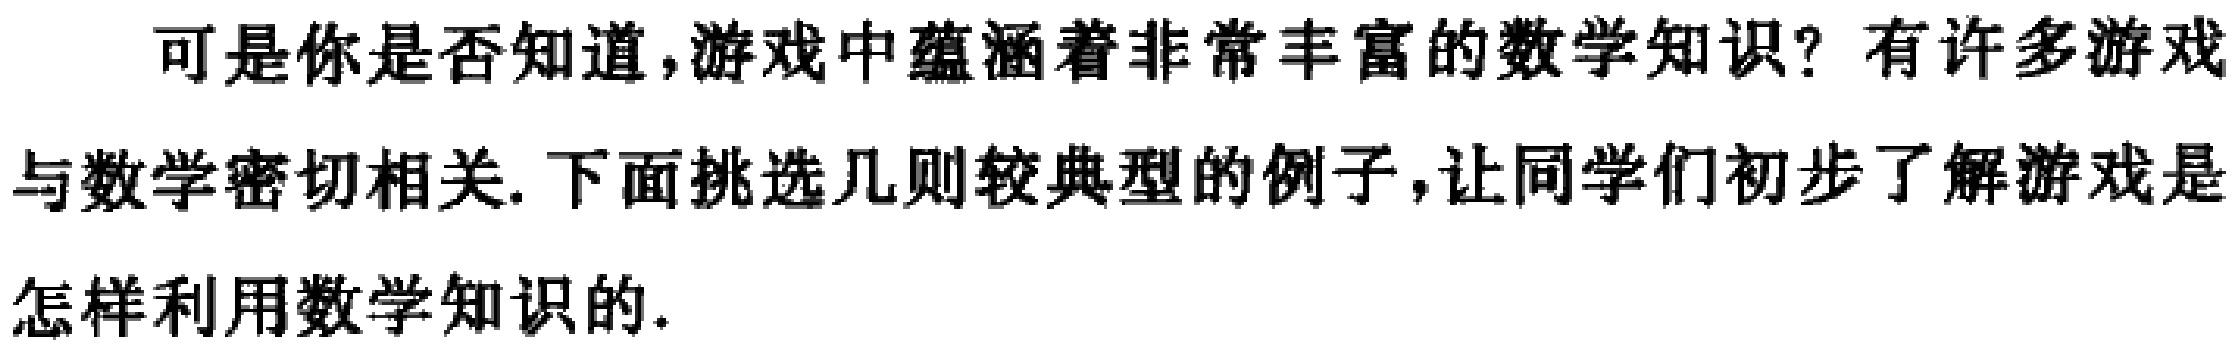
可是你是否知道,游戏中蕴涵着非常丰富的数学知识？有许多游戏与数学密切相关. 下面挑选几则较典型的例子,让同学们初步了解游戏是怎样利用数学知识的.